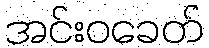
အင်းဝခေတ်